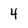
Character: 4